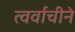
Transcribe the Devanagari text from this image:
त्वर्वाचीने